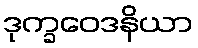
ဒုက္ခဝေဒနိယာ